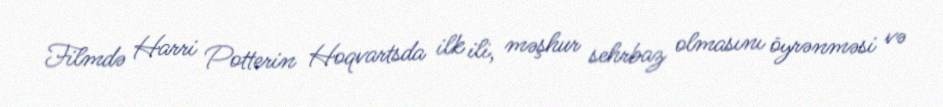
Filmdə Harri Potterin Hoqvartsda ilk ili, məşhur sehrbaz olmasını öyrənməsi və